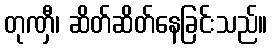
တုဏှီ၊ ဆိတ်ဆိတ်နေခြင်းသည်။